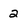
Character: 2